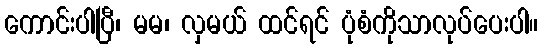
ကောင်းပါပြီ၊ မမ၊ လှမယ် ထင်ရင် ပုံစံကိုသာလုပ်ပေးပါ။